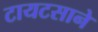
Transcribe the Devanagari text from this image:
टायटसाने